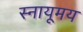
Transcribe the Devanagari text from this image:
स्नायूमय